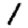
Digit: 1